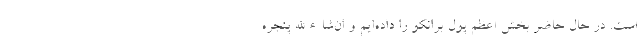
است. در حال حاضر بخش اعظم پول برانکو را داده‌ایم و ان‌شاءالله پنجره